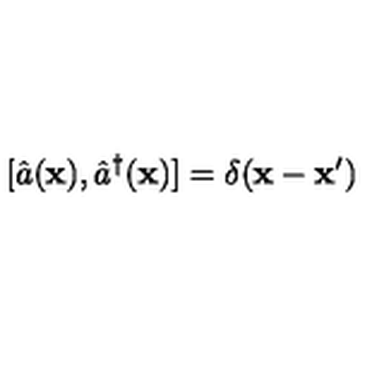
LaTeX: [ \hat { a } ( { \bf x } ) , \hat { a } ^ { \dagger } ( { \bf x } ) ] = \delta ( { \bf x } - { \bf x } ^ { \prime } )